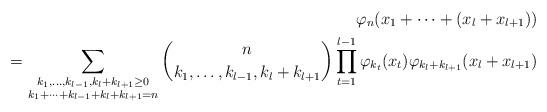
LaTeX: \begin{align*} \varphi_{n}(x_1+\dots+(x_l+x_{l+1}))\\=\sum_{\substack{k_{1}, \ldots, k_{l-1},k_l+k_{l+1}\geq 0 \\ k_{1}+\cdots +k_{l-1}+k_l+k_{l+1}=n}}\binom{n}{k_{1}, \ldots, k_{l-1}, k_l+k_{l+1}} \prod_{t=1}^{l-1}\varphi_{k_{t}}(x_{t})\varphi_{k_l+k_{l+1}}(x_l+x_{l+1})\end{align*}